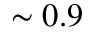
\sim 0 . 9